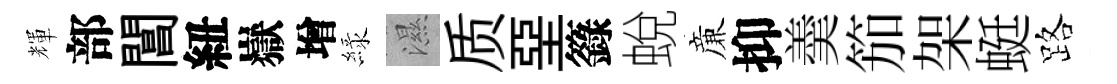
輝部閶紐嶽增緑濕质堊籙蛻亷抑羮笳架蜓路